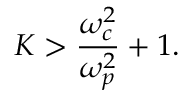
K > \frac { \omega _ { c } ^ { 2 } } { \omega _ { p } ^ { 2 } } + 1 .